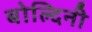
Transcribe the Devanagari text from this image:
बोल्दिनी